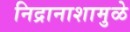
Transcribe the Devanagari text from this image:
निद्रानाशामुळे